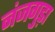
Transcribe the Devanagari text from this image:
नंजगुड़ा